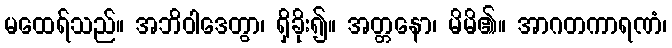
မထေရ်သည်။ အဘိဝါဒေတွာ၊ ရှိခိုး၍။ အတ္တနော၊ မိမိ၏။ အာဂတကာရဏံ၊